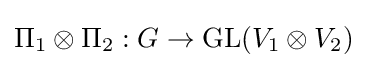
\Pi _{1}\otimes \Pi _{2}:G\to \operatorname {GL} (V_{1}\otimes V_{2})